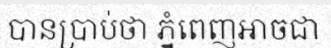
បានប្រាប់ថា ភ្នំពេញអាចជា